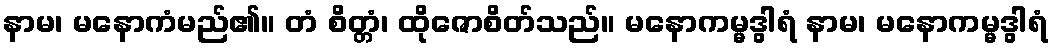
နာမ၊ မနောကံမည်၏။ တံ စိတ္တံ၊ ထိုဇောစိတ်သည်။ မနောကမ္မဒွါရံ နာမ၊ မနောကမ္မဒွါရံ